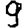
Digit: 9